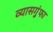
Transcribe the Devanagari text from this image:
व्यासगुंफा